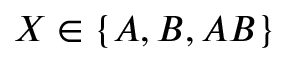
X \in \{ A , B , A B \}